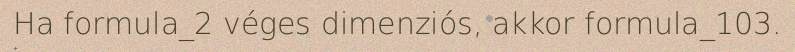
Ha formula_2 véges dimenziós, akkor formula_103.